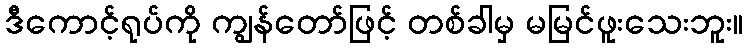
ဒီကောင့်ရုပ်ကို ကျွန်တော်ဖြင့် တစ်ခါမှ မမြင်ဖူးသေးဘူး။